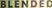
BLENDED